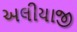
અલીયાજી